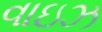
વાઇઝ